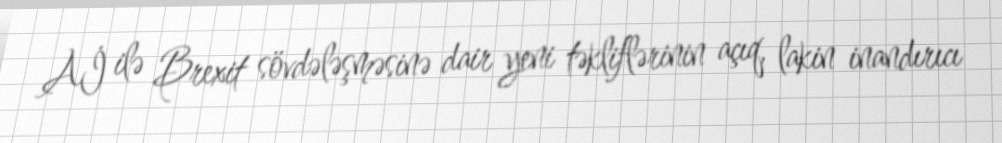
Aİ ilə Brexit sövdələşməsinə dair yeni təkliflərinin açıq, lakin inandırıcı